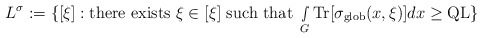
\begin{align*} L^{\sigma}:=\{[\xi]: \textnormal{there exists } \xi\in [\xi] \textnormal{ such that }\smallint\limits_{G}\textnormal{Tr}[\sigma_{\textnormal{glob}}(x,\xi)]dx\geq \textnormal{QL}\}\end{align*}